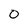
Character: o